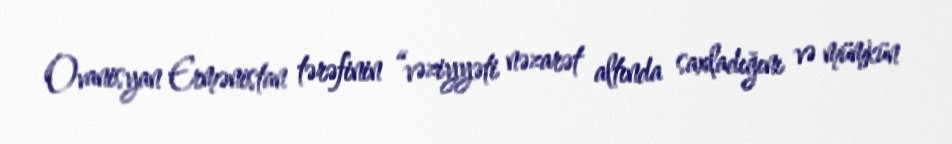
Ovanisyan Ermənistan tərəfinin “vəziyyəti nəzarət altında saxladığını və mümkün